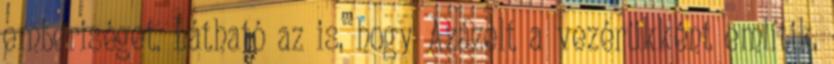
emberiséget. Látható az is, hogy Azázelt a vezérükként említik,